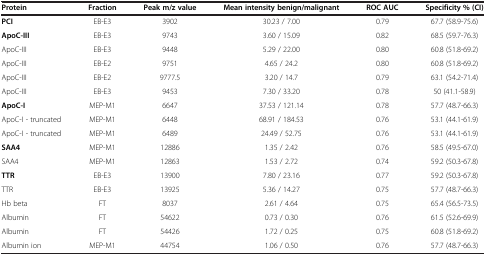
| Protein | Fraction | Peak m/z value | Mean intensity benign/malignant | ROC AUC | Specificity % (CI) |
 | --- | --- | --- | --- | --- | --- |
 | PCI | EB-E3 | 3902 | 30.23 / 7.00 | 0.79 | 67.7 (58.9-75.6) |
 | ApoC-III | EB-E3 | 9743 | 3.60 / 15.09 | 0.82 | 68.5 (59.7-76.3) |
 | ApoC-III | EB-E3 | 9448 | 5.29 / 22.00 | 0.80 | 60.8 (51.8-69.2) |
 | ApoC-III | EB-E2 | 9751 | 4.65 / 24.2 | 0.80 | 60.8 (51.8-69.2) |
 | ApoC-III | EB-E2 | 9777.5 | 3.20 / 14.7 | 0.79 | 63.1 (54.2-71.4) |
 | ApoC-III | EB-E3 | 9453 | 7.30 / 33.20 | 0.78 | 50 (41.1-58.9) |
 | ApoC-I | MEP-M1 | 6647 | 37.53 / 121.14 | 0.78 | 57.7 (48.7-66.3) |
 | ApoC-I - truncated | MEP-M1 | 6448 | 68.91 / 184.53 | 0.76 | 53.1 (44.1-61.9) |
 | ApoC-I - truncated | MEP-M1 | 6489 | 24.49 / 52.75 | 0.76 | 53.1 (44.1-61.9) |
 | SAA4 | MEP-M1 | 12886 | 1.35 / 2.42 | 0.76 | 58.5 (49.5-67.0) |
 | SAA4 | MEP-M1 | 12863 | 1.53 / 2.72 | 0.74 | 59.2 (50.3-67.8) |
 | TTR | EB-E3 | 13900 | 7.80 / 23.16 | 0.77 | 59.2 (50.3-67.8) |
 | TTR | EB-E3 | 13925 | 5.36 / 14.27 | 0.75 | 57.7 (48.7-66.3) |
 | Hb beta | FT | 8037 | 2.61 / 4.64 | 0.75 | 65.4 (56.5-73.5) |
 | Albumin | FT | 54622 | 0.73 / 0.30 | 0.76 | 61.5 (52.6-69.9) |
 | Albumin | FT | 54426 | 1.72 / 0.25 | 0.75 | 60.8 (51.8-69.2) |
 | Albumin ion | MEP-M1 | 44754 | 1.06 / 0.50 | 0.76 | 57.7 (48.7-66.3) |